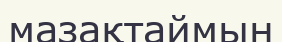
мазақтаймын